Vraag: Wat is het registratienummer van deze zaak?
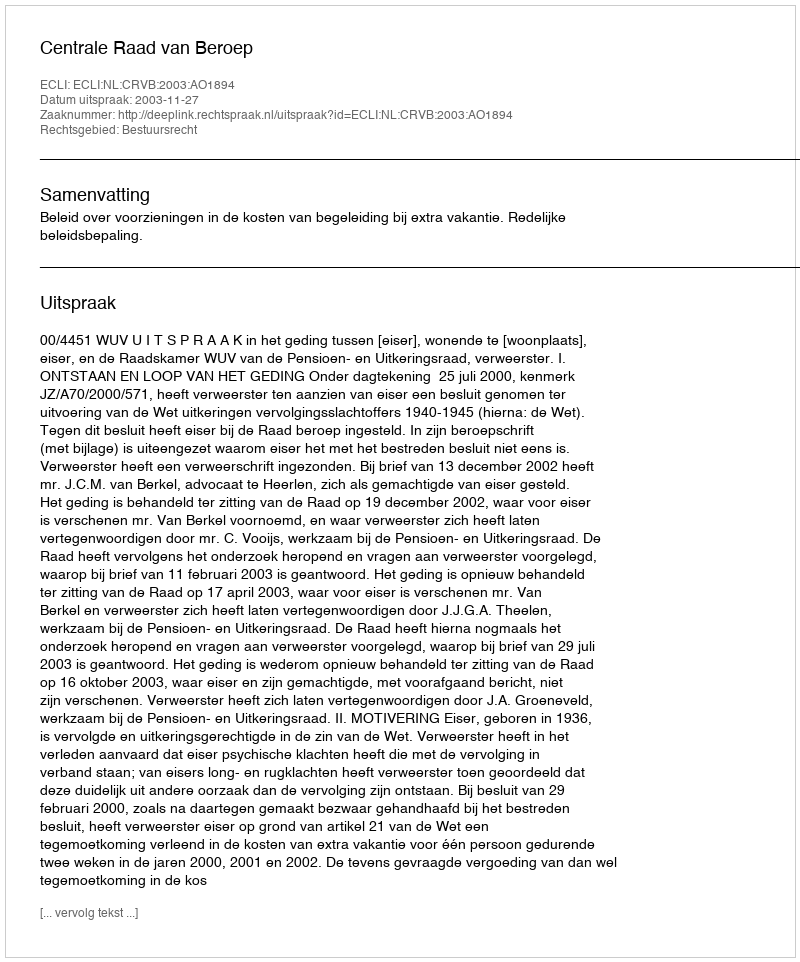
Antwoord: http://deeplink.rechtspraak.nl/uitspraak?id=ECLI:NL:CRVB:2003:AO1894